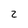
Character: 2